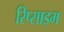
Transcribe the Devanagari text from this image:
रिप्साइम